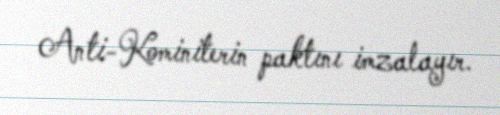
Anti-Kominiterin paktını imzalayır.